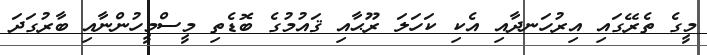
މީގެ ތެރޭގައި އިރުހަނދާއި އެކި ކަހަލަ ރޫޙާއި ޤައުމުގެ ބޮޑެތި މީސްމީހުންނާއި ބާރުގަދަ